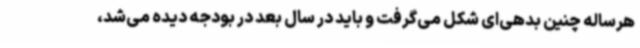
هرساله چنین بدهی‌ای شکل می‌گرفت و باید در سال بعد در بودجه دیده می‌شد،